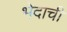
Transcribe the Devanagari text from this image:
भेदाची